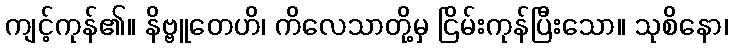
ကျင့်ကုန်၏။ နိဗ္ဗူတေဟိ၊ ကိလေသာတို့မှ ငြိမ်းကုန်ပြီးသော။ သုစိနော၊